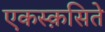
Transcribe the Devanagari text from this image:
एकस्क़सिते